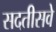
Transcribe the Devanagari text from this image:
सदतीसवे